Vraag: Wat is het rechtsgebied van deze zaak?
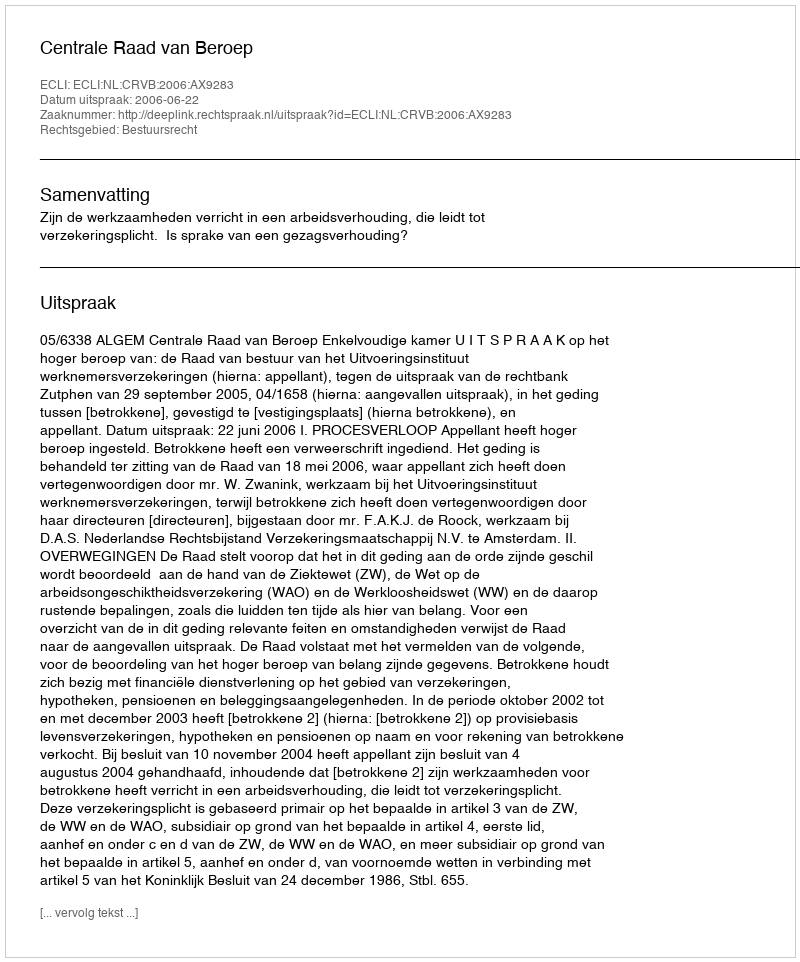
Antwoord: Bestuursrecht